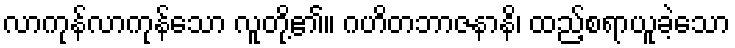
လာကုန်လာကုန်သော လူတို့၏။ ဂဟိတဘာဇနာနိ၊ ထည့်စရာယူခဲ့သော